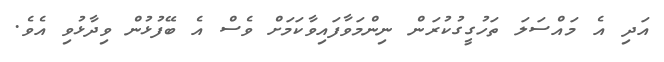
އަދި އެ މައްސަލަ ތަހުގީގުކުރަން ނިންމަވާފައިވާކަަމަށް ވެސް އެ ބޭފުޅުން ވިދާޅުވި އެވެ.